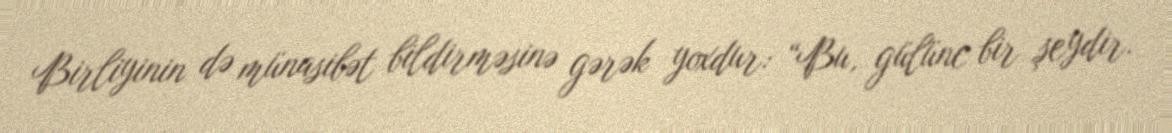
Birliyinin də münasibət bildirməsinə gərək yoxdur: “Bu, gülünc bir şeydir.